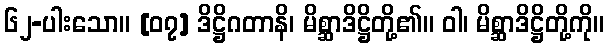
၆၂-ပါးသော။ [၀၇] ဒိဋ္ဌိဂတာနိ၊ မိစ္ဆာဒိဋ္ဌိတို့၏။ ဝါ၊ မိစ္ဆာဒိဋ္ဌိတို့ကို။